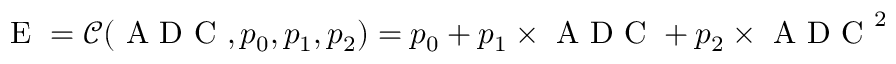
\mathrm { ~ E ~ } = \mathcal { C } ( \mathrm { ~ A ~ D ~ C ~ } , p _ { 0 } , p _ { 1 } , p _ { 2 } ) = p _ { 0 } + p _ { 1 } \times \mathrm { ~ A ~ D ~ C ~ } + p _ { 2 } \times \mathrm { ~ A ~ D ~ C ~ } ^ { 2 }